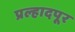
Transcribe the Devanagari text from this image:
प्रल्हादपूर